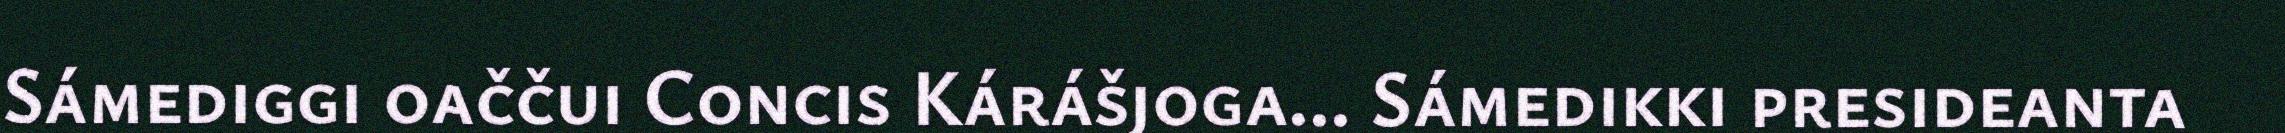
Sámediggi oaččui Concis Kárášjoga... Sámedikki presideanta